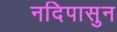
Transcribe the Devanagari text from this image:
नदिपासुन